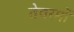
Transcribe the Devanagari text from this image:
तेवरमों